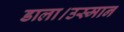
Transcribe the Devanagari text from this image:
डाला।उस्मान